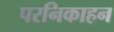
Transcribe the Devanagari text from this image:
परनिकाहन